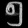
Digit: ၅